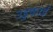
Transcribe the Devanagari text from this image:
उडुकाई